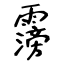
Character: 霶